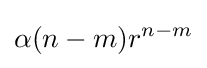
\alpha (n-m)r^{n-m}